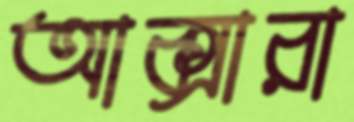
আক্সারা